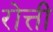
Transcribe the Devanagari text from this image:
रोत्ती